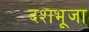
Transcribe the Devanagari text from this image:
दशभूजा